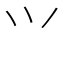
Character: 𭕄